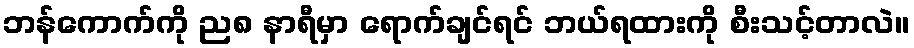
ဘန်ကောက်ကို ည၈ နာရီမှာ ရောက်ချင်ရင် ဘယ်ရထားကို စီးသင့်တာလဲ။